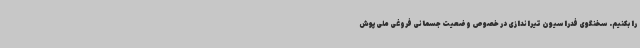
را بکنیم. سخنگوی فدراسیون تیراندازی در خصوص وضعیت جسمانی فروغی ملی‌پوش